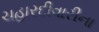
ચહારદીવારીના